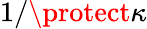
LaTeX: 1/\protect\kappa